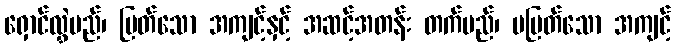
ရှောင်လွှဲမည်၊ မြတ်သော အကျင့်နှင့် အဆင့်အတန်း တက်မည်၊ မမြတ်သော အကျင့်